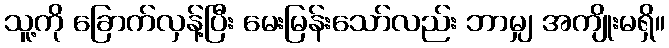
သူ့ကို ခြောက်လှန့်ပြီး မေးမြန်းသော်လည်း ဘာမျှ အကျိုးမရှိ။